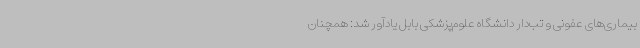
بیماری‌های عفونی و تب‌دار دانشگاه علوم‌پزشکی بابل یادآور شد: همچنان